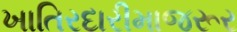
ખાતિરદારીમાજરૂર